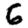
Digit: 6